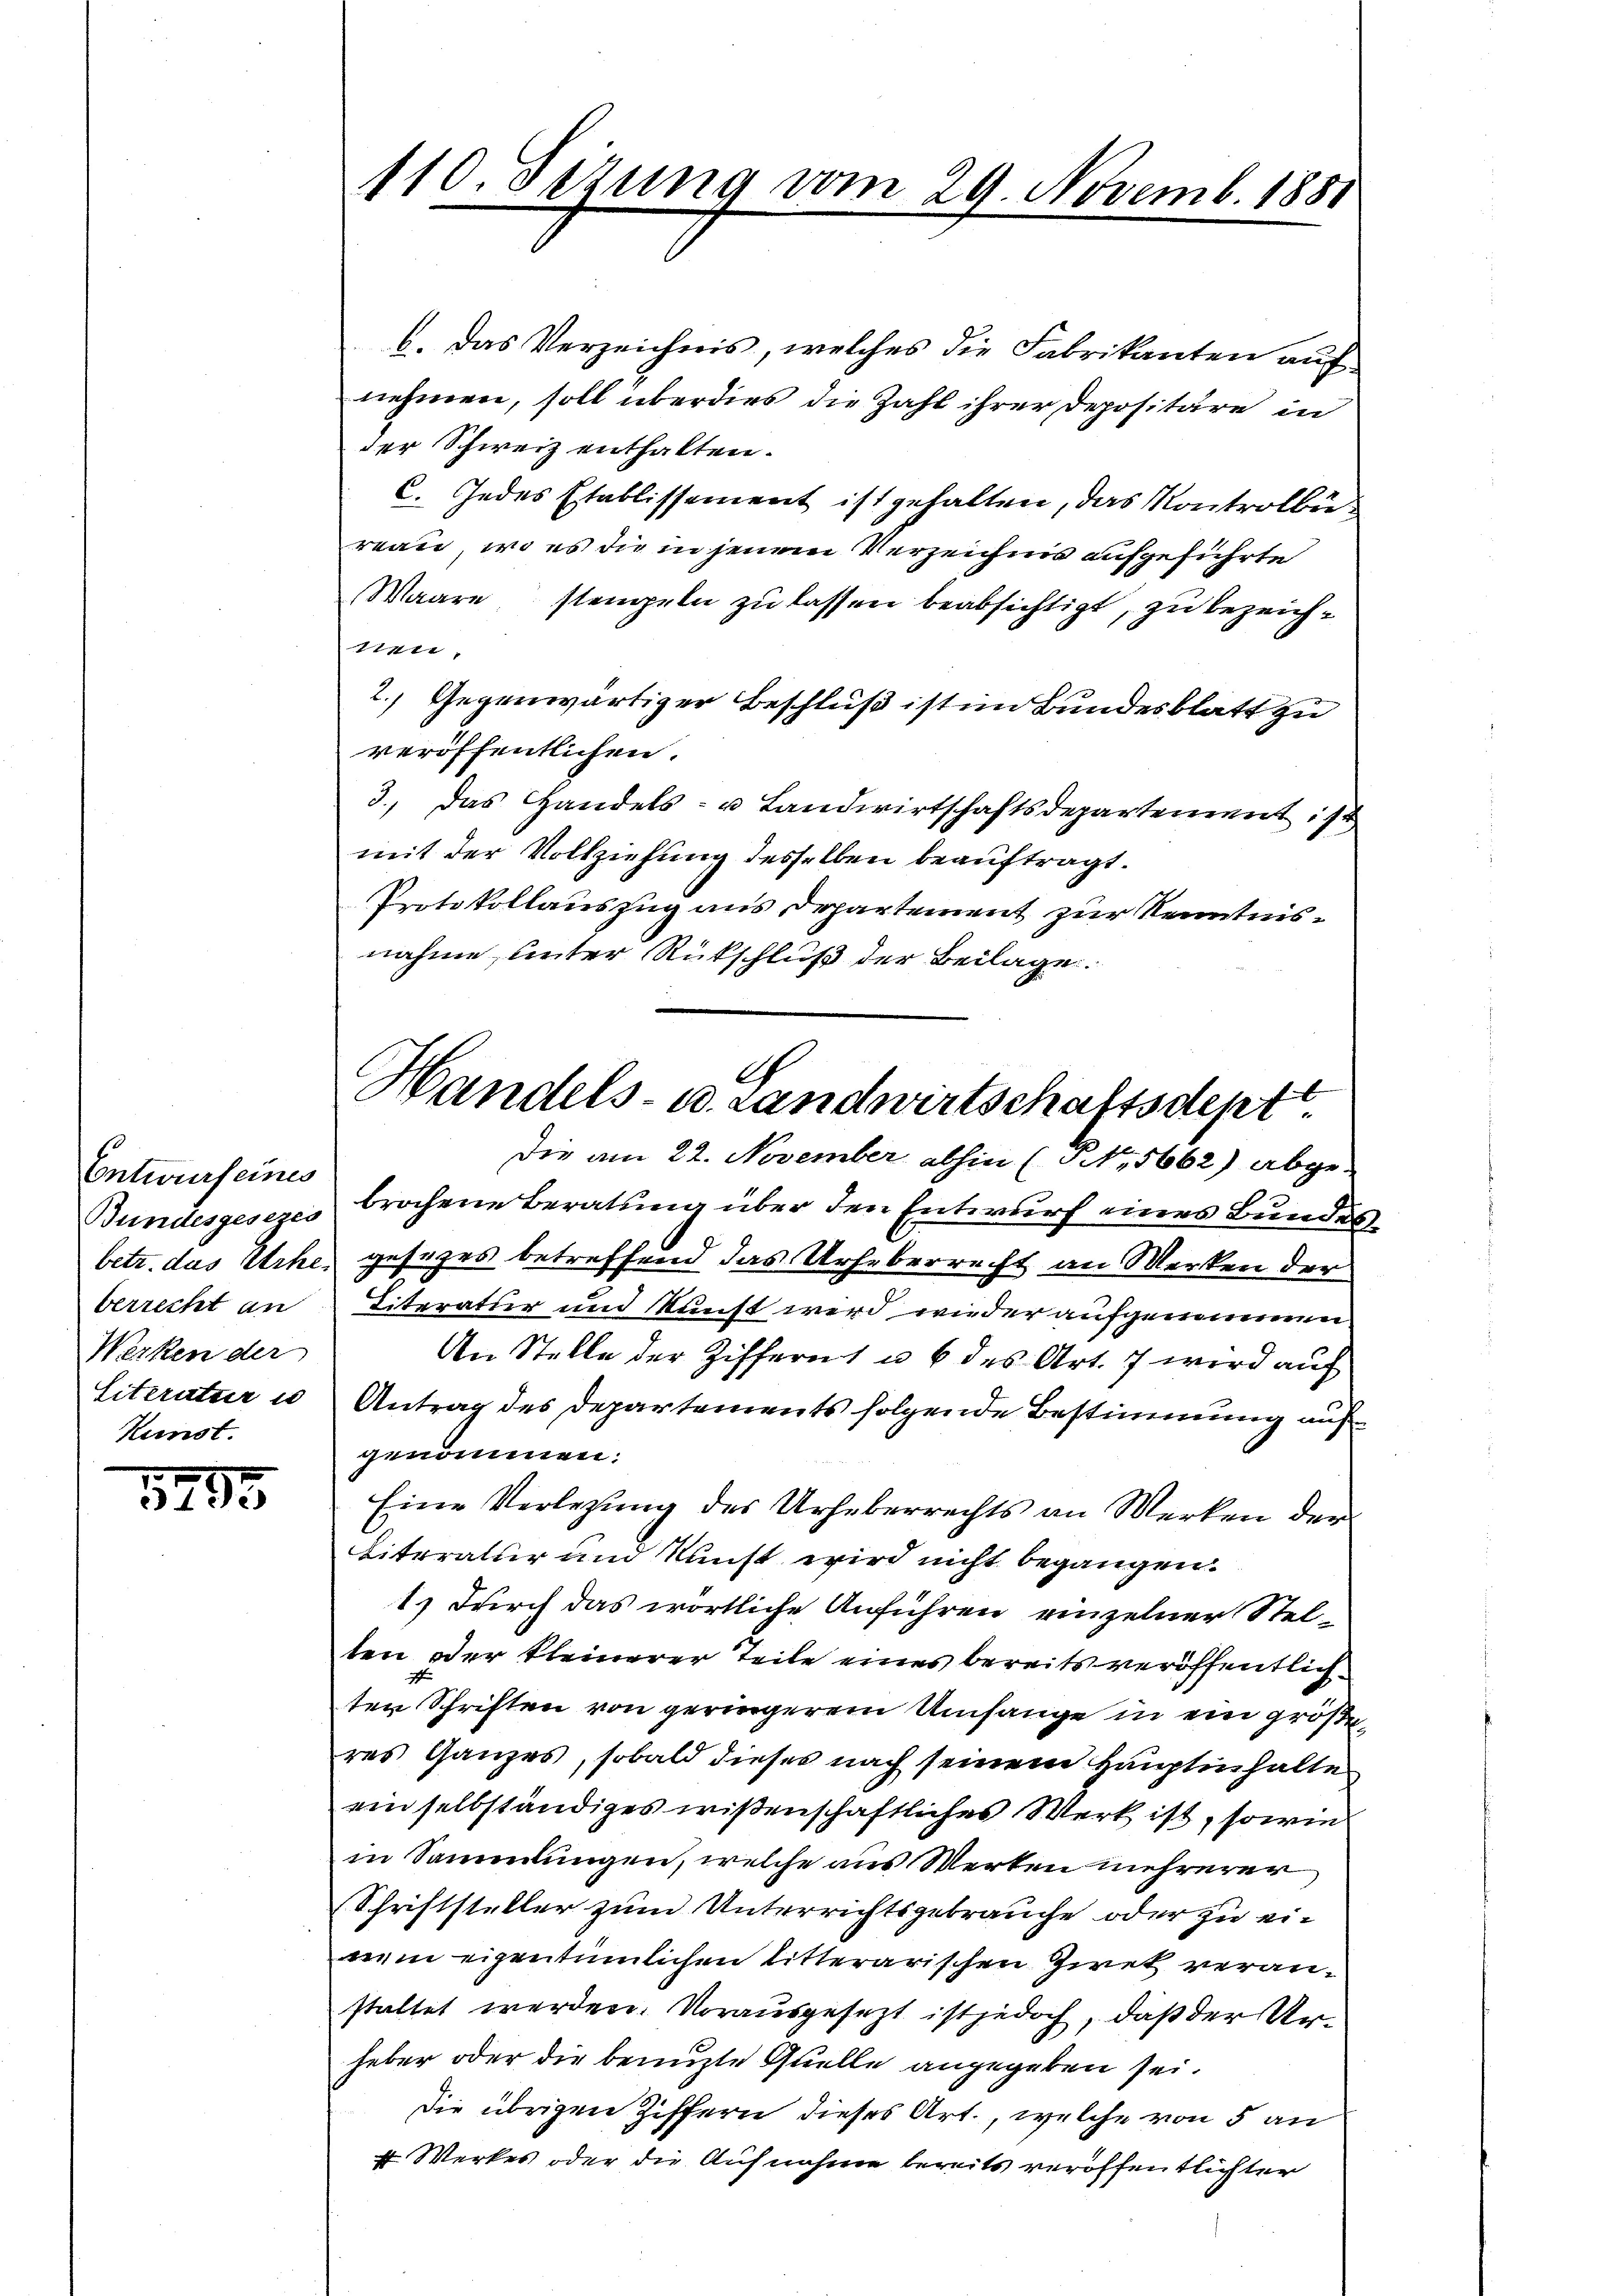
Entwurf eines
Bundesgesezes
berrecht an
Werken der
Literatur un
Kunst.

1795

110. Sezung vom 29. Novemb. 1881

b. Das Verzeichnis, welches die Fabrikanten auf
nehmen, soll überdies die Zahl ihrer Depositäre in
der Schweiz enthalten.
C. Jedes Etablissement ist gehalten, das Kontrolbüreau, wo es die in jenem Verzeichnis aufgeführte
Waare stengeln zu lassen beabsichtigt, zu bezeich¬
111,
2.) Gegenwärtiger Beschluß ist im Bundesblatt zu
veröffentlichen.
3.) Das Handels- u Landwirtschaftsdepartement ist
mit der Vollziehung desselben beauftragt.
Protokollauszug aus Departement zur Kenntnisnahme, unter Rückschluß der Beilage.
Die am 22. November abhin (NNo. 5662) abge-
brochene Beratung über den Entwurf eines Bundes
betr. das Erhe, gesezes betreffend das Urheberrecht an Merken der
Literatur und Kunst wird wieder aufgenommen
An Stelle der Ziffernt u. 6 des Art. 7 wird auf
Antrag des Departements folgende Bestimmung auf
genommen.
Eine Verlegung des Urheberrechts an Werken der
Literatur und Kunst wird nicht begangen.
1.) Durch das wörtliche Anführen einzelner Stelten oder kleinerer Teile eines bereits veröffentlichten Schriften von geringerem Umfange in ein größeres Ganzes, sobald dieses nach seinem Hauptinhalte
ein selbständiges wißenschaftliches Werk ist, sowie
in Sammlungen, welche aus Werken mehrerer
Schriftsteller zum Unterrichtsgebrauche oder zu ei-
nem eigentümlichen litterarischen Zwek veranstaltet werden. Vorausgesezt ist jedoch, daß der Urheber oder die benuzte Quelle angegeben sei.
die übrigen Ziffern dieses Art., welche von 5 an
 Werkes oder die Aufnahme bereits veröffentlichter

G
l
Handels- u. Landwirtschaltsdept

2